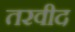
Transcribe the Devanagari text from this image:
तरवीद